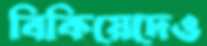
বিকিয়েদেও